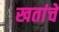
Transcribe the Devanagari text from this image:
खतांचे